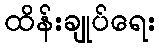
ထိန်းချုပ်ရေး